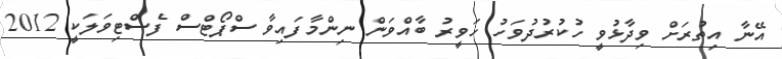
އޭނާ އިތުރަށް ވިދާޅުވީ ހުކުރުދުވަހު ހަވީރު ބާއްވަން ނިންމާފައިވާ ސްޕޯޓްސް ފެސްޓިވަލަކީ 2012